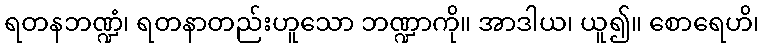
ရတနဘဏ္ဍံ၊ ရတနာတည်းဟူသော ဘဏ္ဍာကို။ အာဒါယ၊ ယူ၍။ စောရေဟိ၊